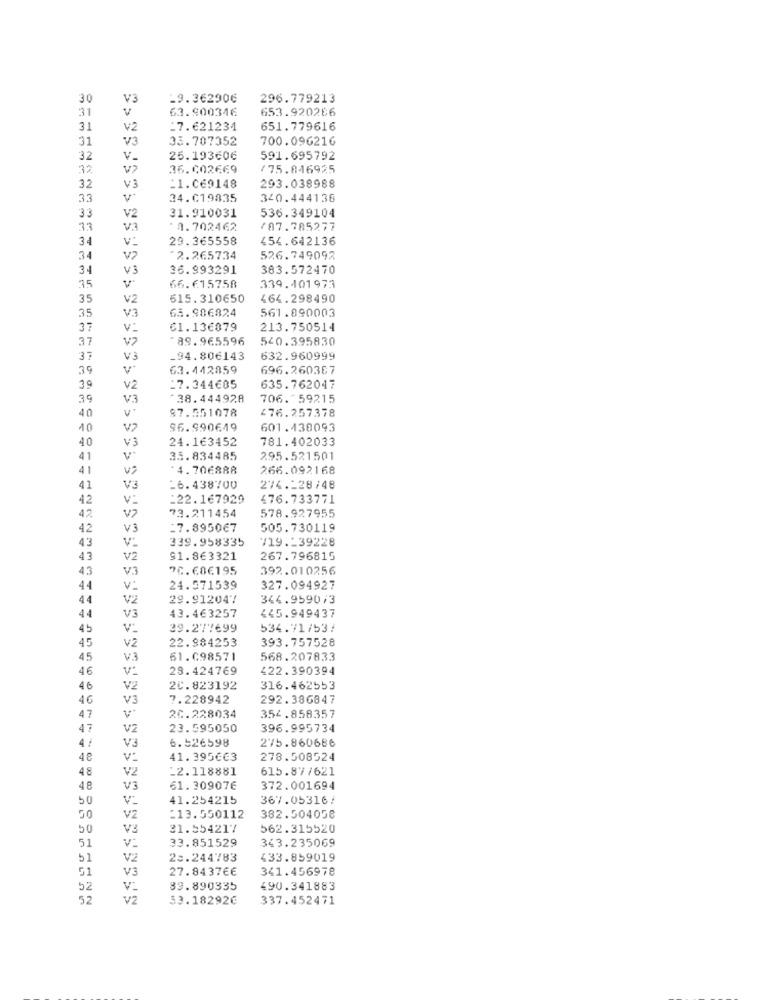
30
V3
-9.362906
296.779213
31
V
63.900346
653.920266
31
V2
17.621234
651.779616
31
V3
33.707352
700.096216
32
v_
25.193606
591.695792
32
36.002669
175.846925
32
V3
-1.069148
293.038988
33
24.019835
340.444138
33
31.910031
536.349104
V2
33
V3
*9.702462
/87.785277
34
v:
29.365558
154.642136
34
V2
2.265734
526.749092
34
V3
36.993291
383.572470
35
66.615758
339.401973
35
V2
515. 310650
464.298490
35
65.986824
561.890003
V3
37
61.136879
213.750514
37
V7
₾89.965596
540.395830
37
V3
-94.80€143
632.960999
39
63.442859
696.260367
3 9
V2
17.344€85
635.762047
39
V3
*38.444928
706. 59215
87.551078
676.257378
40
40
V>
96.990649
601.430093
24.1€3452
781.402033
40
V3
41
v-
35.834485
295.521501
41
*4.70€888
266.092168
41
V3
-6.438700
274 .- 28/48
42
V:
-22.167929
476.733771
73.211454
578.927955
42
42
V3
17.895067
505.730119
339.958335
719.239228
43
43
V2
91.863321
267.796815
43
V3
7C.68€195
392.010256
44
v:
24.571539
327.094927
44
V2
29.912047
344.9590/3
43.463257
44
V3
445.949437
45
V:
39.277699
534.71753!
22.984253
393.757528
45
V2
45
V.3
61.098571
568.207833
46
V:
28.424769
422.390394
46
V2
20.823192
316.462553
46
V3
7.228942
292.386847
47
20.228034
354.858357
47
V2
23.595050
396.995734
6.526598
275.860686
V3
4₴
V:
41.395€€3
278.508524
48
V2
-2.118881
615.87/621
48
V3
61.309076
372.001694
50
V2
41.254215
367.05316:
50
V2
£13.550112
382.504058
50
V3
31.554217
562.315520
51
33.851529
343.235069
V:
51
V2
23.244783
433.859019
51
V3
27.84376€
341.456978
52
V:
89.890335
490.341883
57
v2
53.182926
337.452471